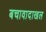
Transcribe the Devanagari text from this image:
बचावादाखल